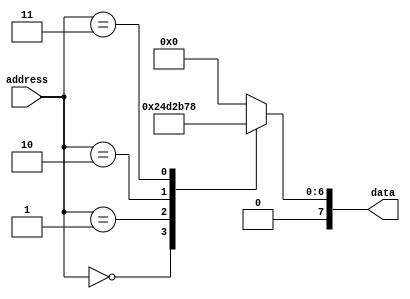
module Mask_Programmed_ROM (
input [7:0] address,
output reg [7:0] data
);

reg [7:0] memory_block_0 = 8'h12;
reg [7:0] memory_block_1 = 8'h34;
reg [7:0] memory_block_2 = 8'h56;
reg [7:0] memory_block_3 = 8'h78;

always @(*) begin
    case(address)
        3'd0: data = memory_block_0;
        3'd1: data = memory_block_1;
        3'd2: data = memory_block_2;
        3'd3: data = memory_block_3;
        default: data = 8'h00; // Default value if address is out of range
    endcase
end

endmodule